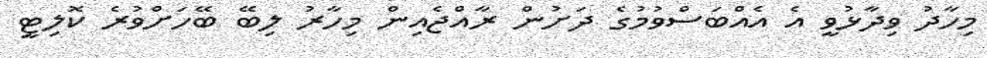
މިހާދު ވިދާޅުވީ އެ އެއްބަސްވުމުގެ ދަށުން ރާއްޖެއިން މިހާރު ލިބޭ ބޭހަށްވުރެ ކޮލިޓީ